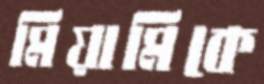
মিয়ামিকে